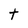
Character: t